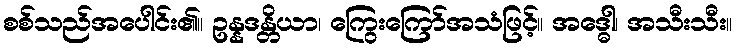
စစ်သည်အပေါင်း၏။ ဥန္နဒန္တိယာ၊ ကြွေးကြော်အသံဖြင့်။ အဒ္ဓေါ၊ အသီးသီး။